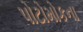
પોટોમોકના